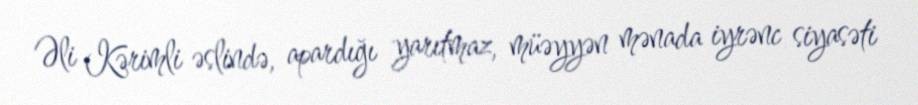
Əli Kərimli əslində, apardığı yarıtmaz, müəyyən mənada iyrənc siyasəti